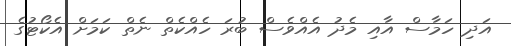
އަދި ހަމާސް އާއި މެދު އެއްވެސް ބުރަ ހެއްކެތް ނެތް ކަމަށް އެކޯޓުގެ